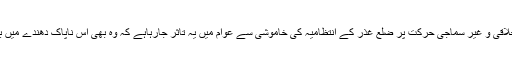
اس اہم اور غیر اخلاقی و غیر سماجی حرکت پر ضلع غذر کے انتظامیہ کی خاموشی سے عوام میں یہ تاثر جارہاہے کہ وہ بھی اس ناپاک دھندے میں برابر شریک ہیں ۔